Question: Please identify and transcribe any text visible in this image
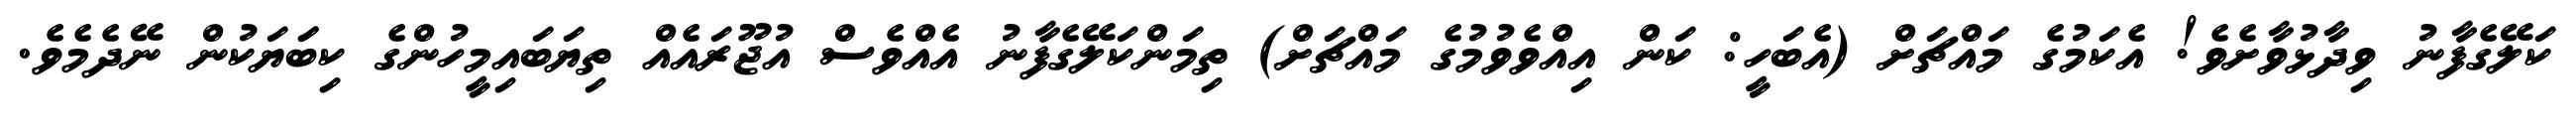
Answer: ކަލޭގެފާނު ވިދާޅުވާށެވެ! އެކަމުގެ މައްޗަށް (އެބަހީ: ކަން އިއްވެވުމުގެ މައްޗަށް) ތިމަންކަލޭގެފާނު އެއްވެސް އުޖޫރައެއް ތިޔަބައިމީހުންގެ ކިބަަޔަކުން ނޭދެމެވެ.